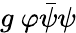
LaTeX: g\ \varphi{\bar{\psi}}\psi